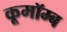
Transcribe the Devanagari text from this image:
कूमॉम्ब